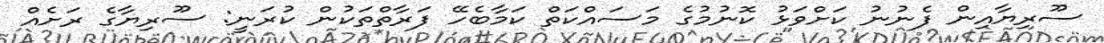
ސޫރިޔާއިން ފެނުނު ކަށްވަޅު ކޮނުމުގެ މަސައްކަތް ކަމާބެހޭ ފަރާތްތަކުން ކުރަނީ: ސޫރިޔާގެ ރަށެއް